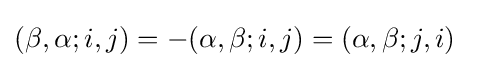
(\beta ,\alpha ;i,j)=-(\alpha ,\beta ;i,j)=(\alpha ,\beta ;j,i)~